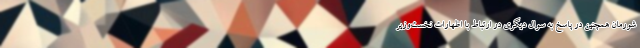
شورمان همچنین در پاسخ به سوال دیگری در ارتباط با اظهارات نخست‌وزیر